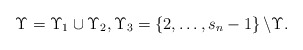
\begin{align*}\Upsilon =\Upsilon _{1}\cup \Upsilon _{2},\Upsilon _{3}=\left\{2,\ldots ,s_{n}-1\right\} \backslash \Upsilon . \end{align*}